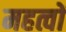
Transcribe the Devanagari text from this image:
महत्वों